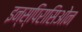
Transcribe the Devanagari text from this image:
इन्स्पिरासिओन